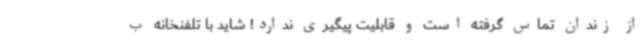
از زندان تماس گرفته است و قابلیت پیگیری ندارد! شاید با تلفنخانه ب